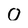
Character: 0